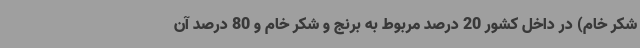
شکر خام) در داخل کشور 20 درصد مربوط به برنج و شکر خام و 80 درصد آن